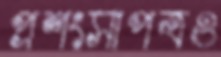
প্রশংসাপত্রও